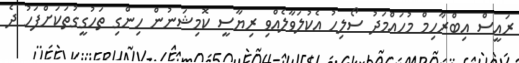
ރައީސް އިބްރާހިމް މުހައްމަދު ސޯލިހު އެކުލަވާލެއްވި ރިޔާސީ ކޮމިޝަނުން ހިންގި ތަހުގީގުތަކަށްފަހު ދެ